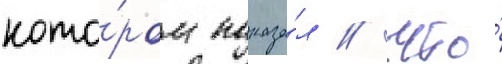
кото́ром показа́л / что́